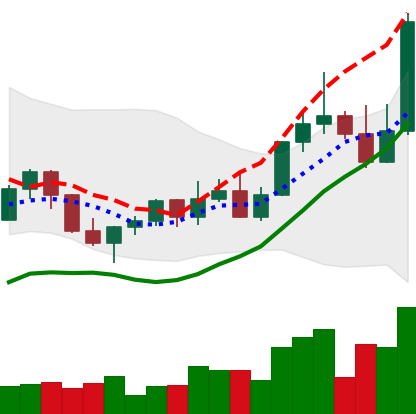
Ticker: LINK-USD
Chart end date: 2022-11-04
Forward return: -28.794%
Label: down_7plus